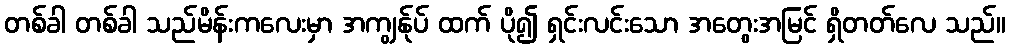
တစ်ခါ တစ်ခါ သည်မိန်းကလေးမှာ အကျွန်ုပ် ထက် ပို၍ ရှင်းလင်းသော အတွေးအမြင် ရှိတတ်လေ သည်။